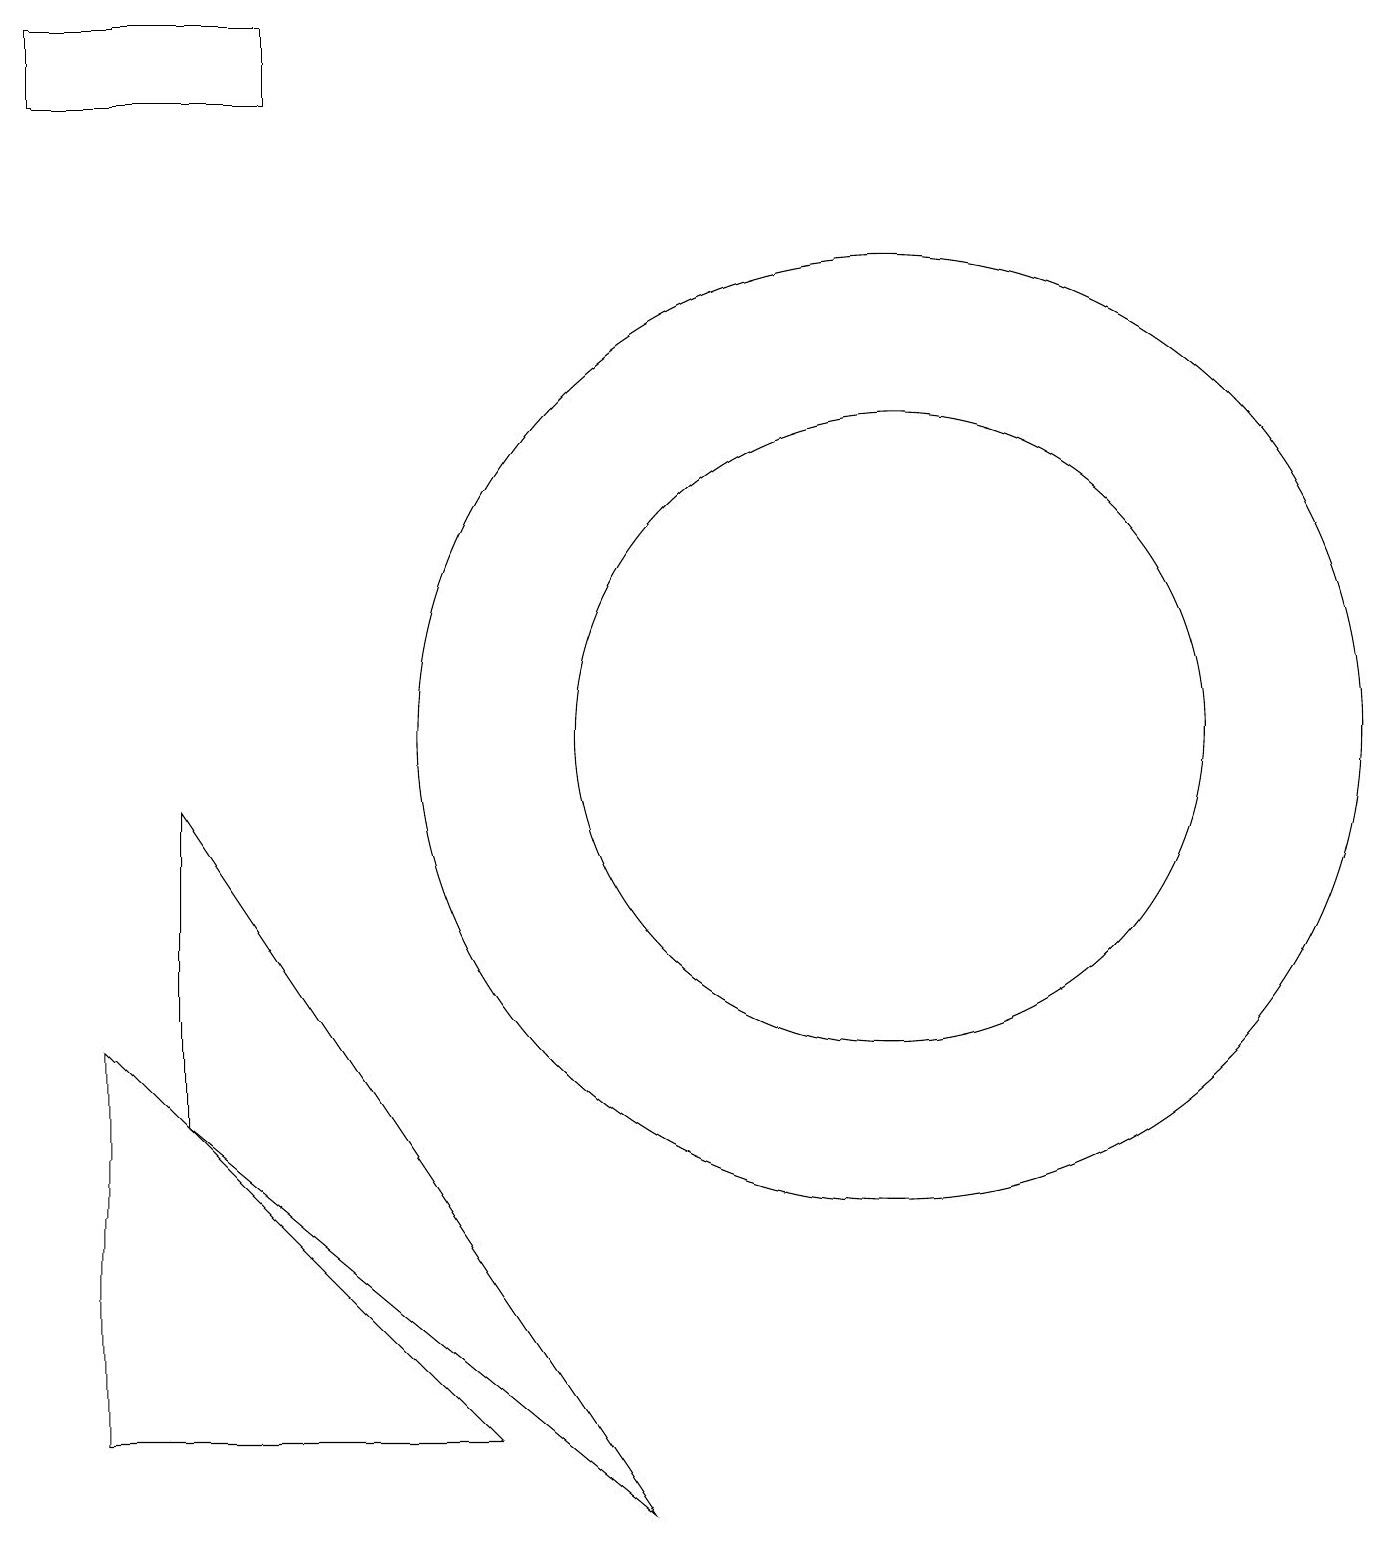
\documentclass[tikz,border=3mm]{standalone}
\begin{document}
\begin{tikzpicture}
\draw (1,1) -- (1,6) -- (6,1) -- cycle;
\draw (3,18) rectangle (0,19);
\draw (11,10) circle (4);
\draw (11,10) circle (6);
\draw (8,0) -- (2,5) -- (2,9) -- cycle;
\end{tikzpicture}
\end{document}